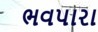
ભવપારા